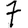
Digit: 7